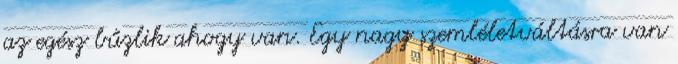
az egész bűzlik ahogy van. Egy nagy szemléletváltásra van